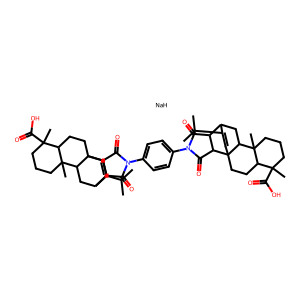
SMILES: CC(C)C1=CC23CCC4C(C)(C(=O)O)CCCC4(C)C2CC1C1C(=O)N(c2ccc(N4C(=O)C5C6CC7C8(C)CCCC(C)(C(=O)O)C8CCC7(C=C6C(C)C)C5C4=O)cc2)C(=O)C13.[NaH]
Inhibits HIV replication: No